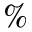
\%